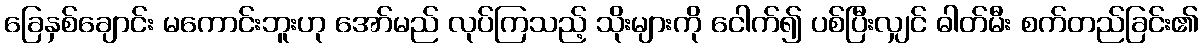
ခြေနှစ်ချောင်း မကောင်းဘူးဟု အော်မည် လုပ်ကြသည့် သိုးများကို ငေါက်၍ ပစ်ပြီးလျှင် ဓါတ်မီး စက်တည်ခြင်း၏